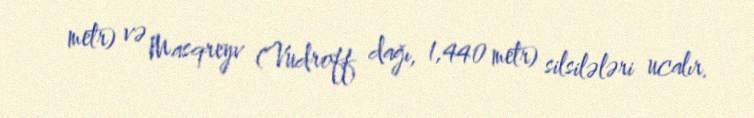
metr) və Masqreyv (Vudroff dağı, 1,440 metr) silsilələri ucalır.